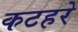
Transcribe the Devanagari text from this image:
कटहरे